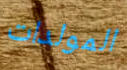
المولدات